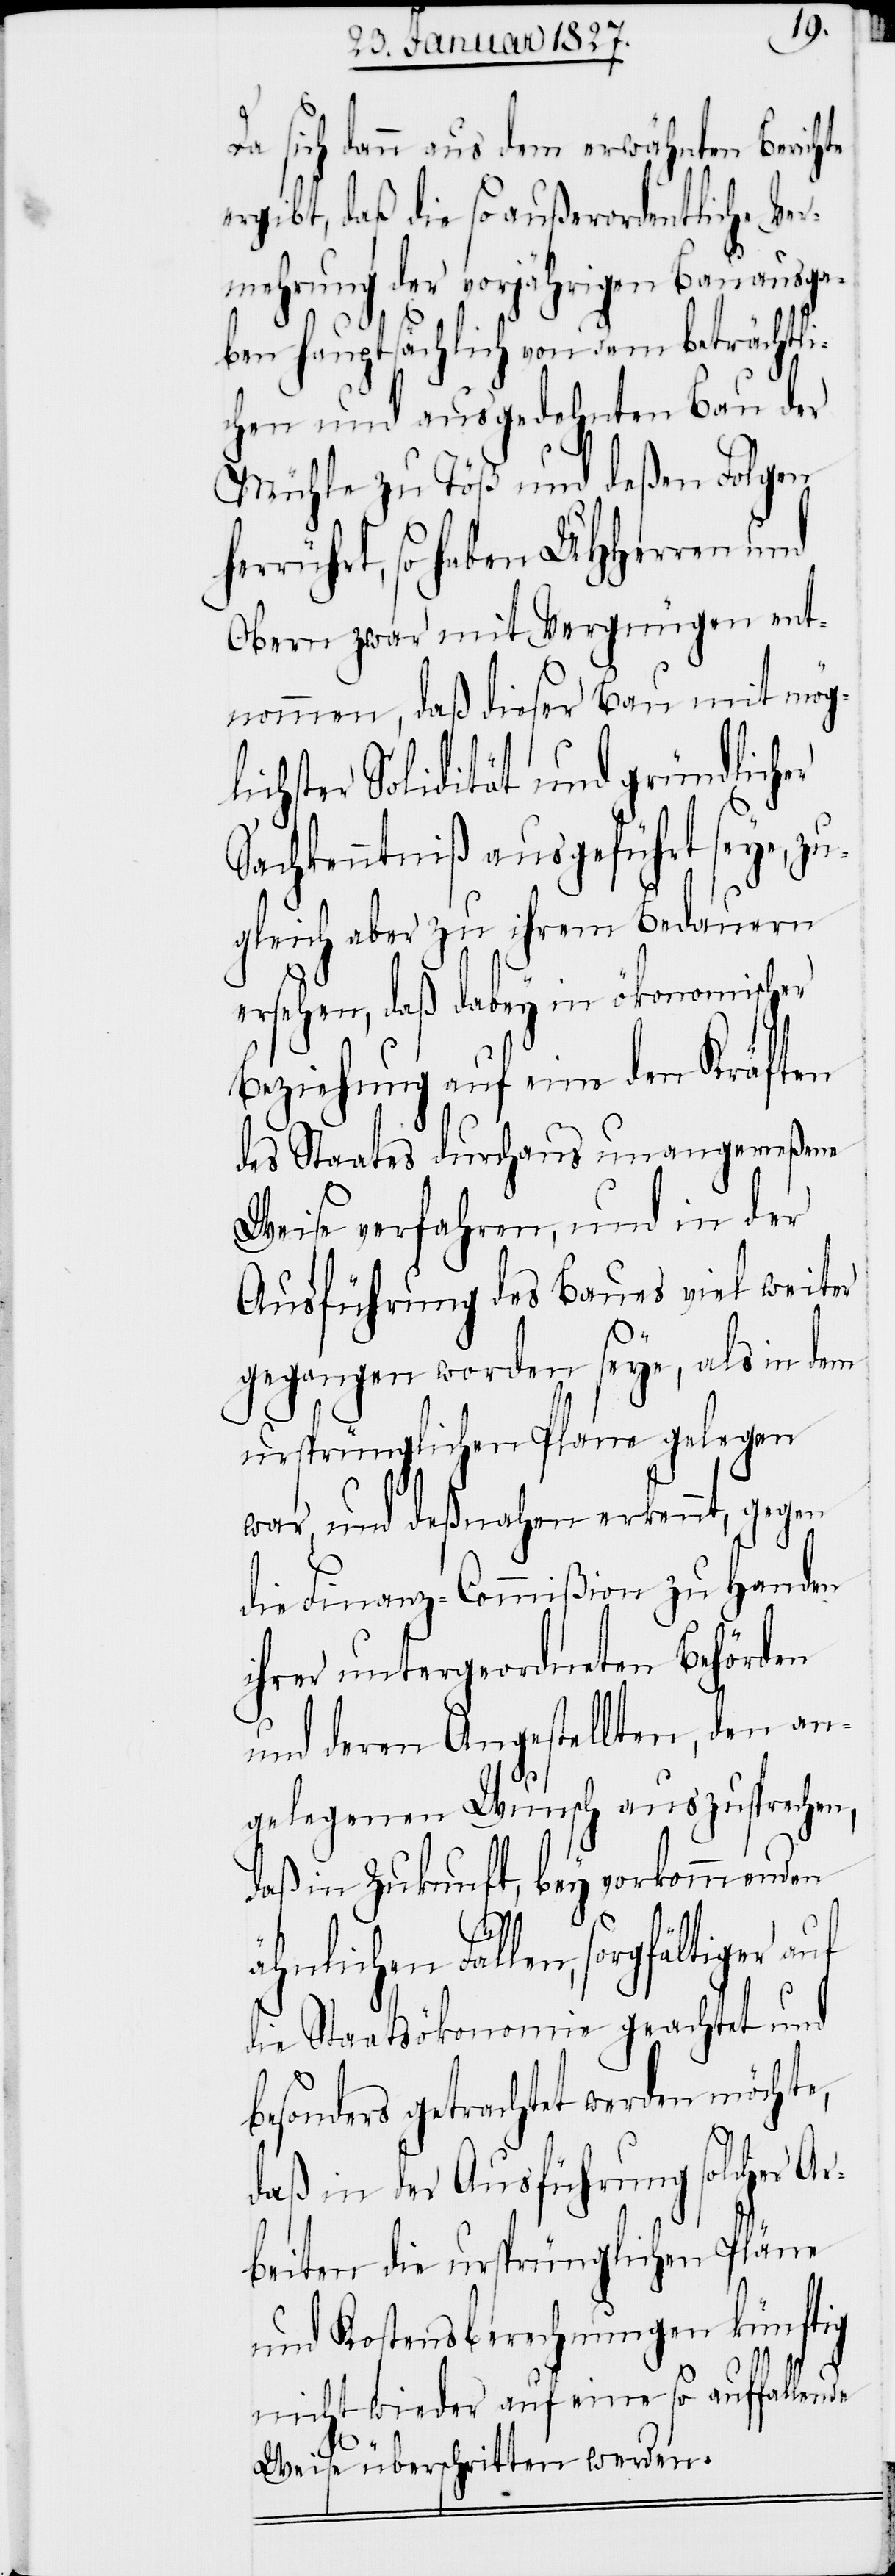
Da sich dann aus dem erwähnten Berichte
ergibt, daß die so außerordentliche Ve¬
rmehrung der vorjährigen Bauausga¬
ben hauptsächlich von dem beträchtli¬
chen und ausgedehnten Bau der
Mühle zu Töß und deßen Folgen
errührt, so haben UHHerren und
Obern zwar mit Vergnügen ent¬
nommen, daß dieser Bau mit mög¬
lichster Solidität und gründlicher
Sachkenntniß ausgeführt seye, zu¬
gleich aber zu ihrem Bedauern
ersehen, daß dabey in ökonomischer
Beziehung auf eine den Kräften
des Staates durchaus unangemeßene
Weise verfahren, und in der
Ausführung des Baues viel weiter
gegangen worden seye, als in dem
ursprünglichen Plane gelegen
war, und deßnahen erkennt, gegen
die Finanz-Commißion zu Handen
ihrer untergeordneten Behörden
und deren Angestellten, den an¬
gelegenen Wunsch auszusprechen,
daß in Zukunft, bey vorkommenden
ähnlichen Fällen, sorgfältiger
die Staatsökonomie geachtet und
besonders getrachtet werden möchte,
daß in der Ausführung solcher Ar¬
beiten die ursprünglichen Pläne
und Kostensberechnungen künftig
nicht wieder auf eine so auffallende
Weise überschritten werden.

h¬